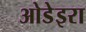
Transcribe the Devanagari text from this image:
ओडेइरा